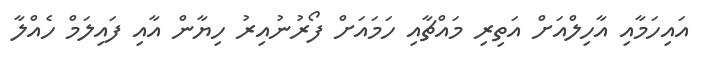
އައިހަމާއި އާހިލްއަށް އަތިރި މައްޗާއި ހަމައަށް ފޯރުނުއިރު ހިޔާން އާއި ފައިލަމް ހެއްލާ